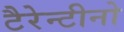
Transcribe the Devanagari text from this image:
टैरेन्टीनो